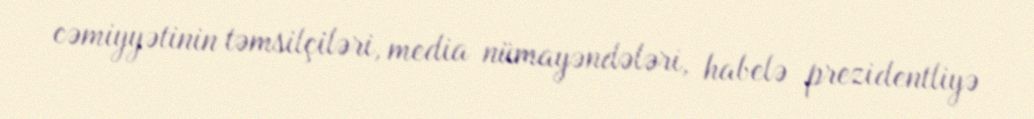
cəmiyyətinin təmsilçiləri, media nümayəndələri, habelə prezidentliyə